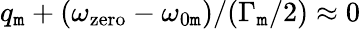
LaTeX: q_{\mathtt{m}}+(\omega_{\mathrm{{zero}}}-\omega_{0\mathtt{m}})/(\Gamma_{\mathtt{m}}/2)\approx0